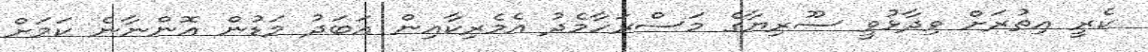
ކެރީ އިތުރަށް ވިދާޅުވީ ސޫރިޔާގެ މަސްރަހާމެދު އެމެރިކާއިން އަބަދު މަޑުން އޮންނާނެ ކަމަށް